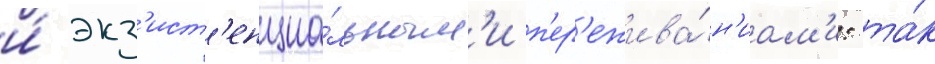
и́ экз'ист'енциа́льным'и п'ер'ежива́н'иам'и: та́к